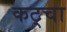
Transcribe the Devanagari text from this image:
कट्चा